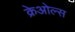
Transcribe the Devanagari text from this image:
क्रेओल्स